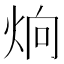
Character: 𤈍